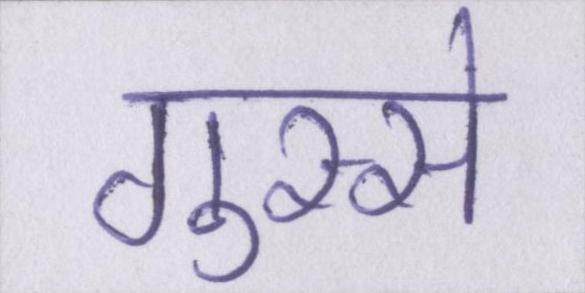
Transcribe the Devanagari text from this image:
गुस्से